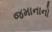
જમાનાનો